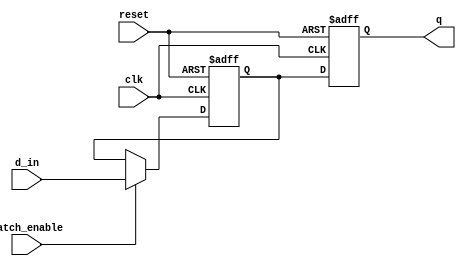
module sequential_logic_block(
    input wire clk,
    input wire reset,
    input wire d_in,
    input wire latch_enable,
    output reg q
);

reg temp;

always @(posedge clk or posedge reset) begin
    if (reset) begin
        q <= 1'b0;
        temp <= 1'b0;
    end else begin
        if (latch_enable) begin
            temp <= d_in;
        end
        q <= temp;
    end
end

endmodule